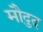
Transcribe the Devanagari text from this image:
मौदुद